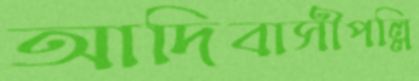
আদিবাসীপল্লি